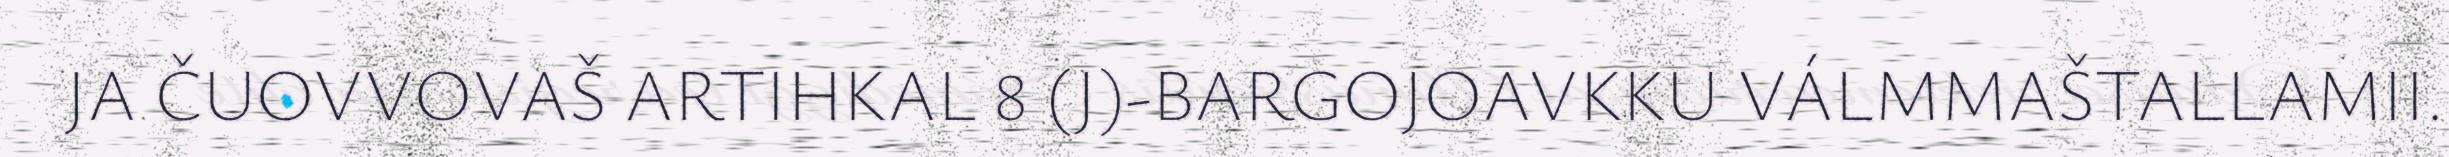
JA ČUOVVOVAŠ ARTIHKAL 8 (J)-BARGOJOAVKKU VÁLMMAŠTALLAMII.